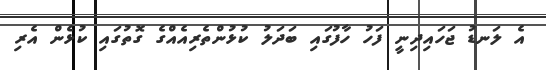
އެ ލަނޑު ޖަހައިދިނީ ފަހު ހާފުގައި ބަދަލު ކުޅުންތެރިއެއްގެ ގޮތުގައި ކުޅެން އެރި